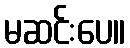
မဆင်းပေ။